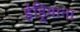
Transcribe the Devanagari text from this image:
हेड्रियाना